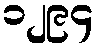
၁၂၉၄